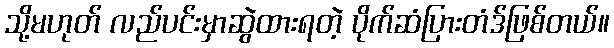
သို့မဟုတ် လည်ပင်းမှာဆွဲထားရတဲ့ ပိုက်ဆံပြားတံဒ်ဖြစ်တယ်။